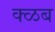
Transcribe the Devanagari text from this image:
क्ळब